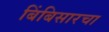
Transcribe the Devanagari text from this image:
बिंबिसारचा